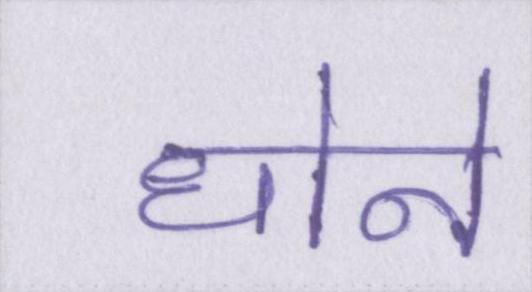
धोने